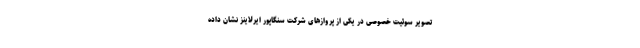
تصویر سوئیت خصوصی در یکی از پروازهای شرکت سنگاپور ایرلاینز نشان داده